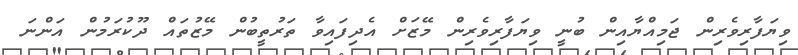
ވިޔަފާރިވެރިން ޖަމިއްޔާއިން ބުނީ ވިޔަފާރިވެރިން މޭޒަށް އެދިފައިވާ ތަރުތީބުން މޭޒުތައް ދޫކުރަމުން އަންނަ